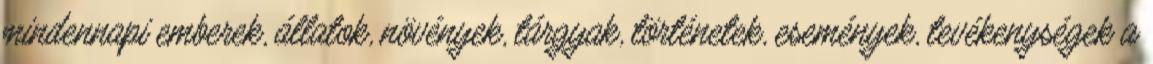
mindennapi emberek, állatok, növények, tárgyak, történetek, események, tevékenységek a